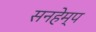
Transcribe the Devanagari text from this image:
सनहेम्प